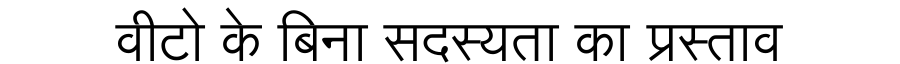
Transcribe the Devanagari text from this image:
वीटो के बिना सदस्यता का प्रस्ताव